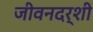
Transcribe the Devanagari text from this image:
जीवनदर्शी